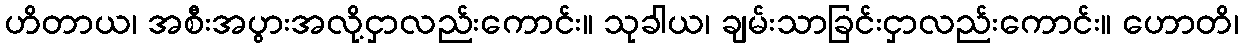
ဟိတာယ၊ အစီးအပွားအလို့ငှာလည်းကောင်း။ သုခါယ၊ ချမ်းသာခြင်းငှာလည်းကောင်း။ ဟောတိ၊